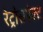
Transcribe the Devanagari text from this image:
रेट्रोसपेक्ट